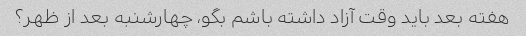
هفته بعد باید وقت آزاد داشته باشم بگو، چهارشنبه بعد از ظهر؟